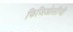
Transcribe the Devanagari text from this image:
फिजिओलॉजी